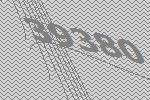
39380